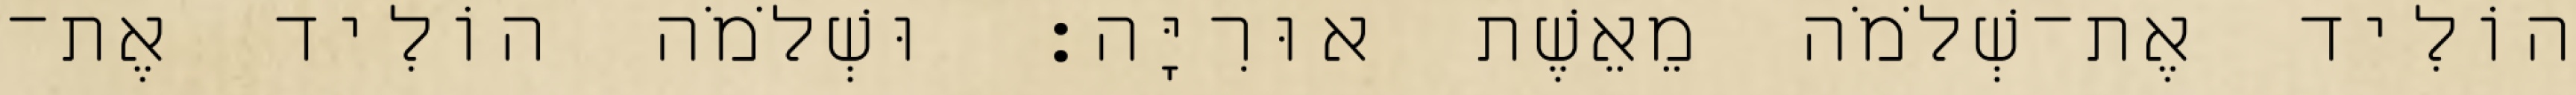
הוֹלִיד אֶת־שְׁלֹמֹה מֵאֵשֶׁת אוּרִיָּה׃ וּשְׁלֹמֹה הוֹלִיד אֶת־